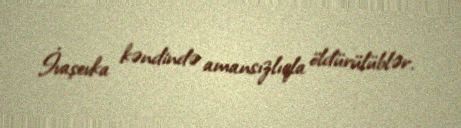
İvaşevka kəndində amansızlıqla öldürülüblər.